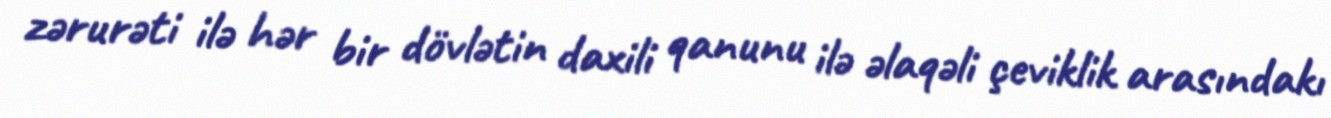
zərurəti ilə hər bir dövlətin daxili qanunu ilə əlaqəli çeviklik arasındakı